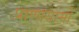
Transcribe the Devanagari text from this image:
प्राणायामों